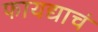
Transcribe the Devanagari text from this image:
फायद्याचं